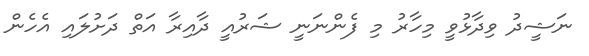
ނަޝީދު ވިދާޅުވީ މިހާރު މި ފެންނަނީ ޝަރުއީ ދާއިރާ އަތް ދަށުލައި އެހެން